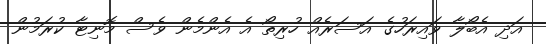
އަދި އެބޯލާ ވައިރަހުގެ އަސަރެއް ހުރިތޯ އެ އެންމެން ވެސް މޮނިޓާ ކުރަމުން